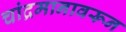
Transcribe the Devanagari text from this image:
चांद्रमानावरून